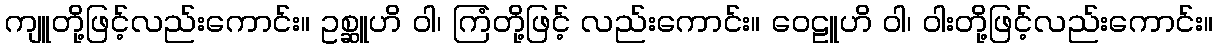
ကျူတို့ဖြင့်လည်းကောင်း။ ဥစ္ဆူဟိ ဝါ၊ ကြံတို့ဖြင့် လည်းကောင်း။ ဝေဠူဟိ ဝါ၊ ဝါးတို့ဖြင့်လည်းကောင်း။